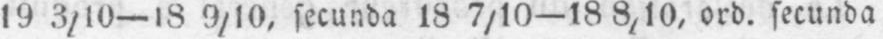
19 3/10-18 9/10, secunda 18 7/10-18 8,10, ord. secunda